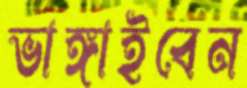
ভাঙ্গাইবেন